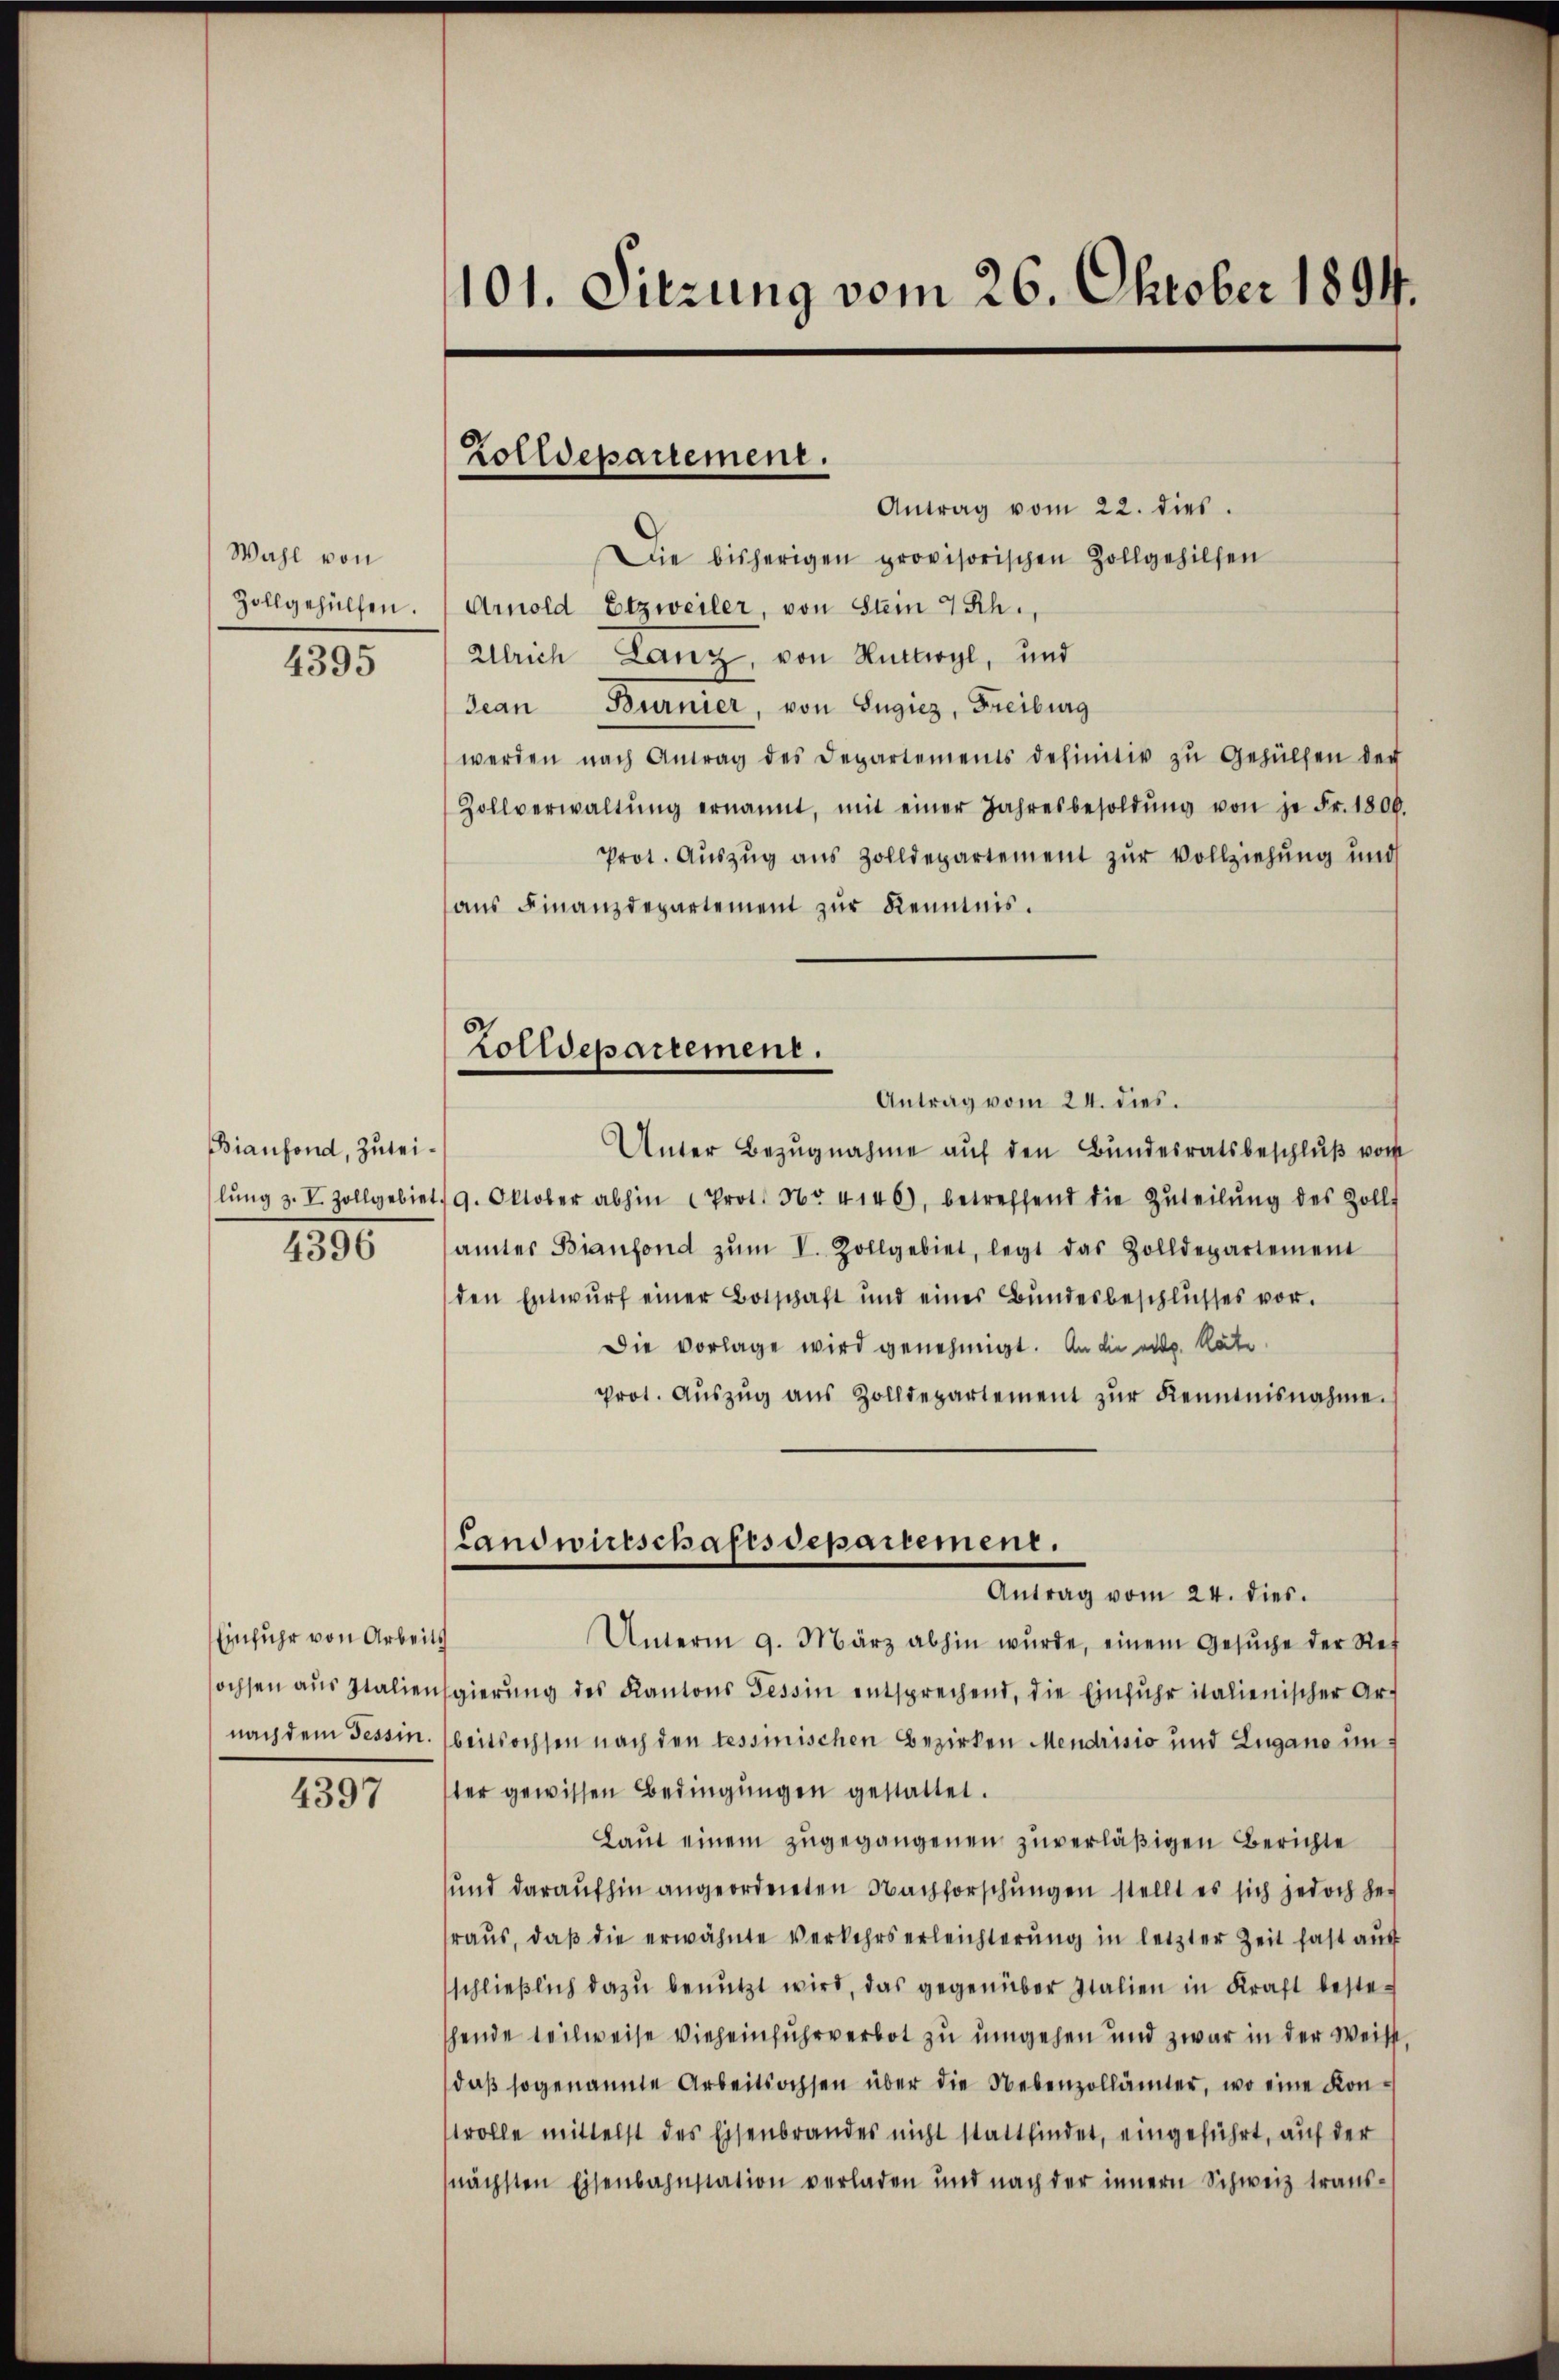
Wahl von
Zollgehülfen.

4395

Bianfond, Zuteilŭng z. V. Zollgebiet

4396

Einfuhr von Arbeits
nach dem Tessin.

4397

101. Sitzung vom 26. Oktober 1894.

Zolldepauement.

Zolldepartement.

Antrag vom 22. dies
Die bisherigen provisorischen Zollgehilfen
Arnold Etzweiler, von Stein 4 Sch.,
Ulrich Lanz, von Ruttwyl, und
Jean Burnier, von Eugiez, Freiburg
werden nach Antrag des Departements definitiv zŭ Gehülfen der
Zollverwaltŭng ernannt, mit einer Jahresbesoldŭng von je Fr. 1800.
Prot. Auszug aus Zolldepartement zur Vollziehung und
aŭs Finanzdepartement zŭr Kenntnis.
Antrag vom 24. dies.
Unter Bezŭgnahme aŭf den Bundesratsbeschlŭβ von
119. Oktober abhin (Prot. Nr. 4146, betreffend die Zŭteilŭng des Zoll-
samtes Bianfond zŭm V. Zollgebiet, legt das Zolldepartement
den Entwŭrf einer Botschaft und eines Bŭndesbeschlŭsses vor.
Die vorlage wird genehmigt. An die eid. Räte.
prot. Aŭszŭg aŭs Zolldepartement zŭr Kenntnisnahme.
Landwirtschaftsdepartement.
Antrag vom 24. dies.
Unterm 9. März abhin wŭrde, einem Gesŭche der Ref
sochsen aus Italiengierŭng des Kantons Tessin entsprechend, die Einfuhr italienischer Art
beitsochsen nach den tessinischen Bezirken Mendrisio und Lugano imter gewissen Bedingŭngen gestattet.
Laut einem zugegangenen zuverläßigen Berichte
und daraufhin angeordneten Nachforschungen stellt es sich jedoch her
raus, daß die erwähnte Verkehrserleichterung in letzter Zeit fast auf
schließlich dazu benutzt wird, das gegenüber Italien in Kraft bestehende teilweise Vieheinfuhrverbot zu umgehen und zwar in der Weisst,
daß sogenannte Arbeitsochsen über die Nebenzollämter, wo eine Kontrolle mittelst des Eisenbrandes nicht stattfindet, eingeführt, auf der
nächsten Eisenbahnstation verladen und nach der innern Schweiz trans-